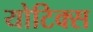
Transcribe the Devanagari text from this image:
योटिक्स